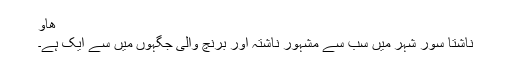
ھاو
ناشتا سور شہر میں سب سے مشہور ناشتہ اور برنچ والی جگہوں میں سے ایک ہے۔